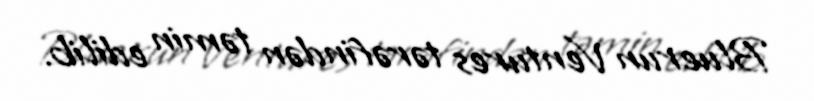
Bluerun Ventures tərəfindən təmin edilib.